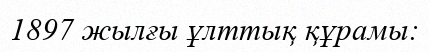
1897 жылғы ұлттық құрамы: